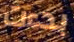
بدءت